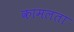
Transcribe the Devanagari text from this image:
कामलता